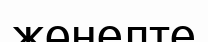
жөнелте